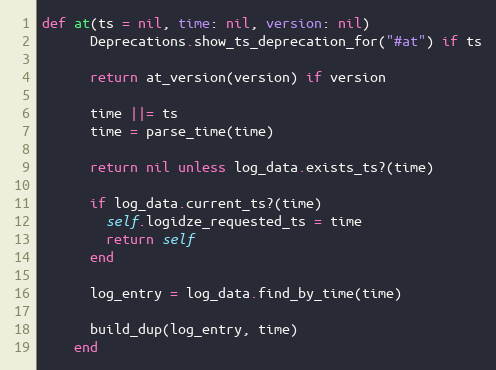
Language: Ruby
def at(ts = nil, time: nil, version: nil)
      Deprecations.show_ts_deprecation_for("#at") if ts

      return at_version(version) if version

      time ||= ts
      time = parse_time(time)

      return nil unless log_data.exists_ts?(time)

      if log_data.current_ts?(time)
        self.logidze_requested_ts = time
        return self
      end

      log_entry = log_data.find_by_time(time)

      build_dup(log_entry, time)
    end